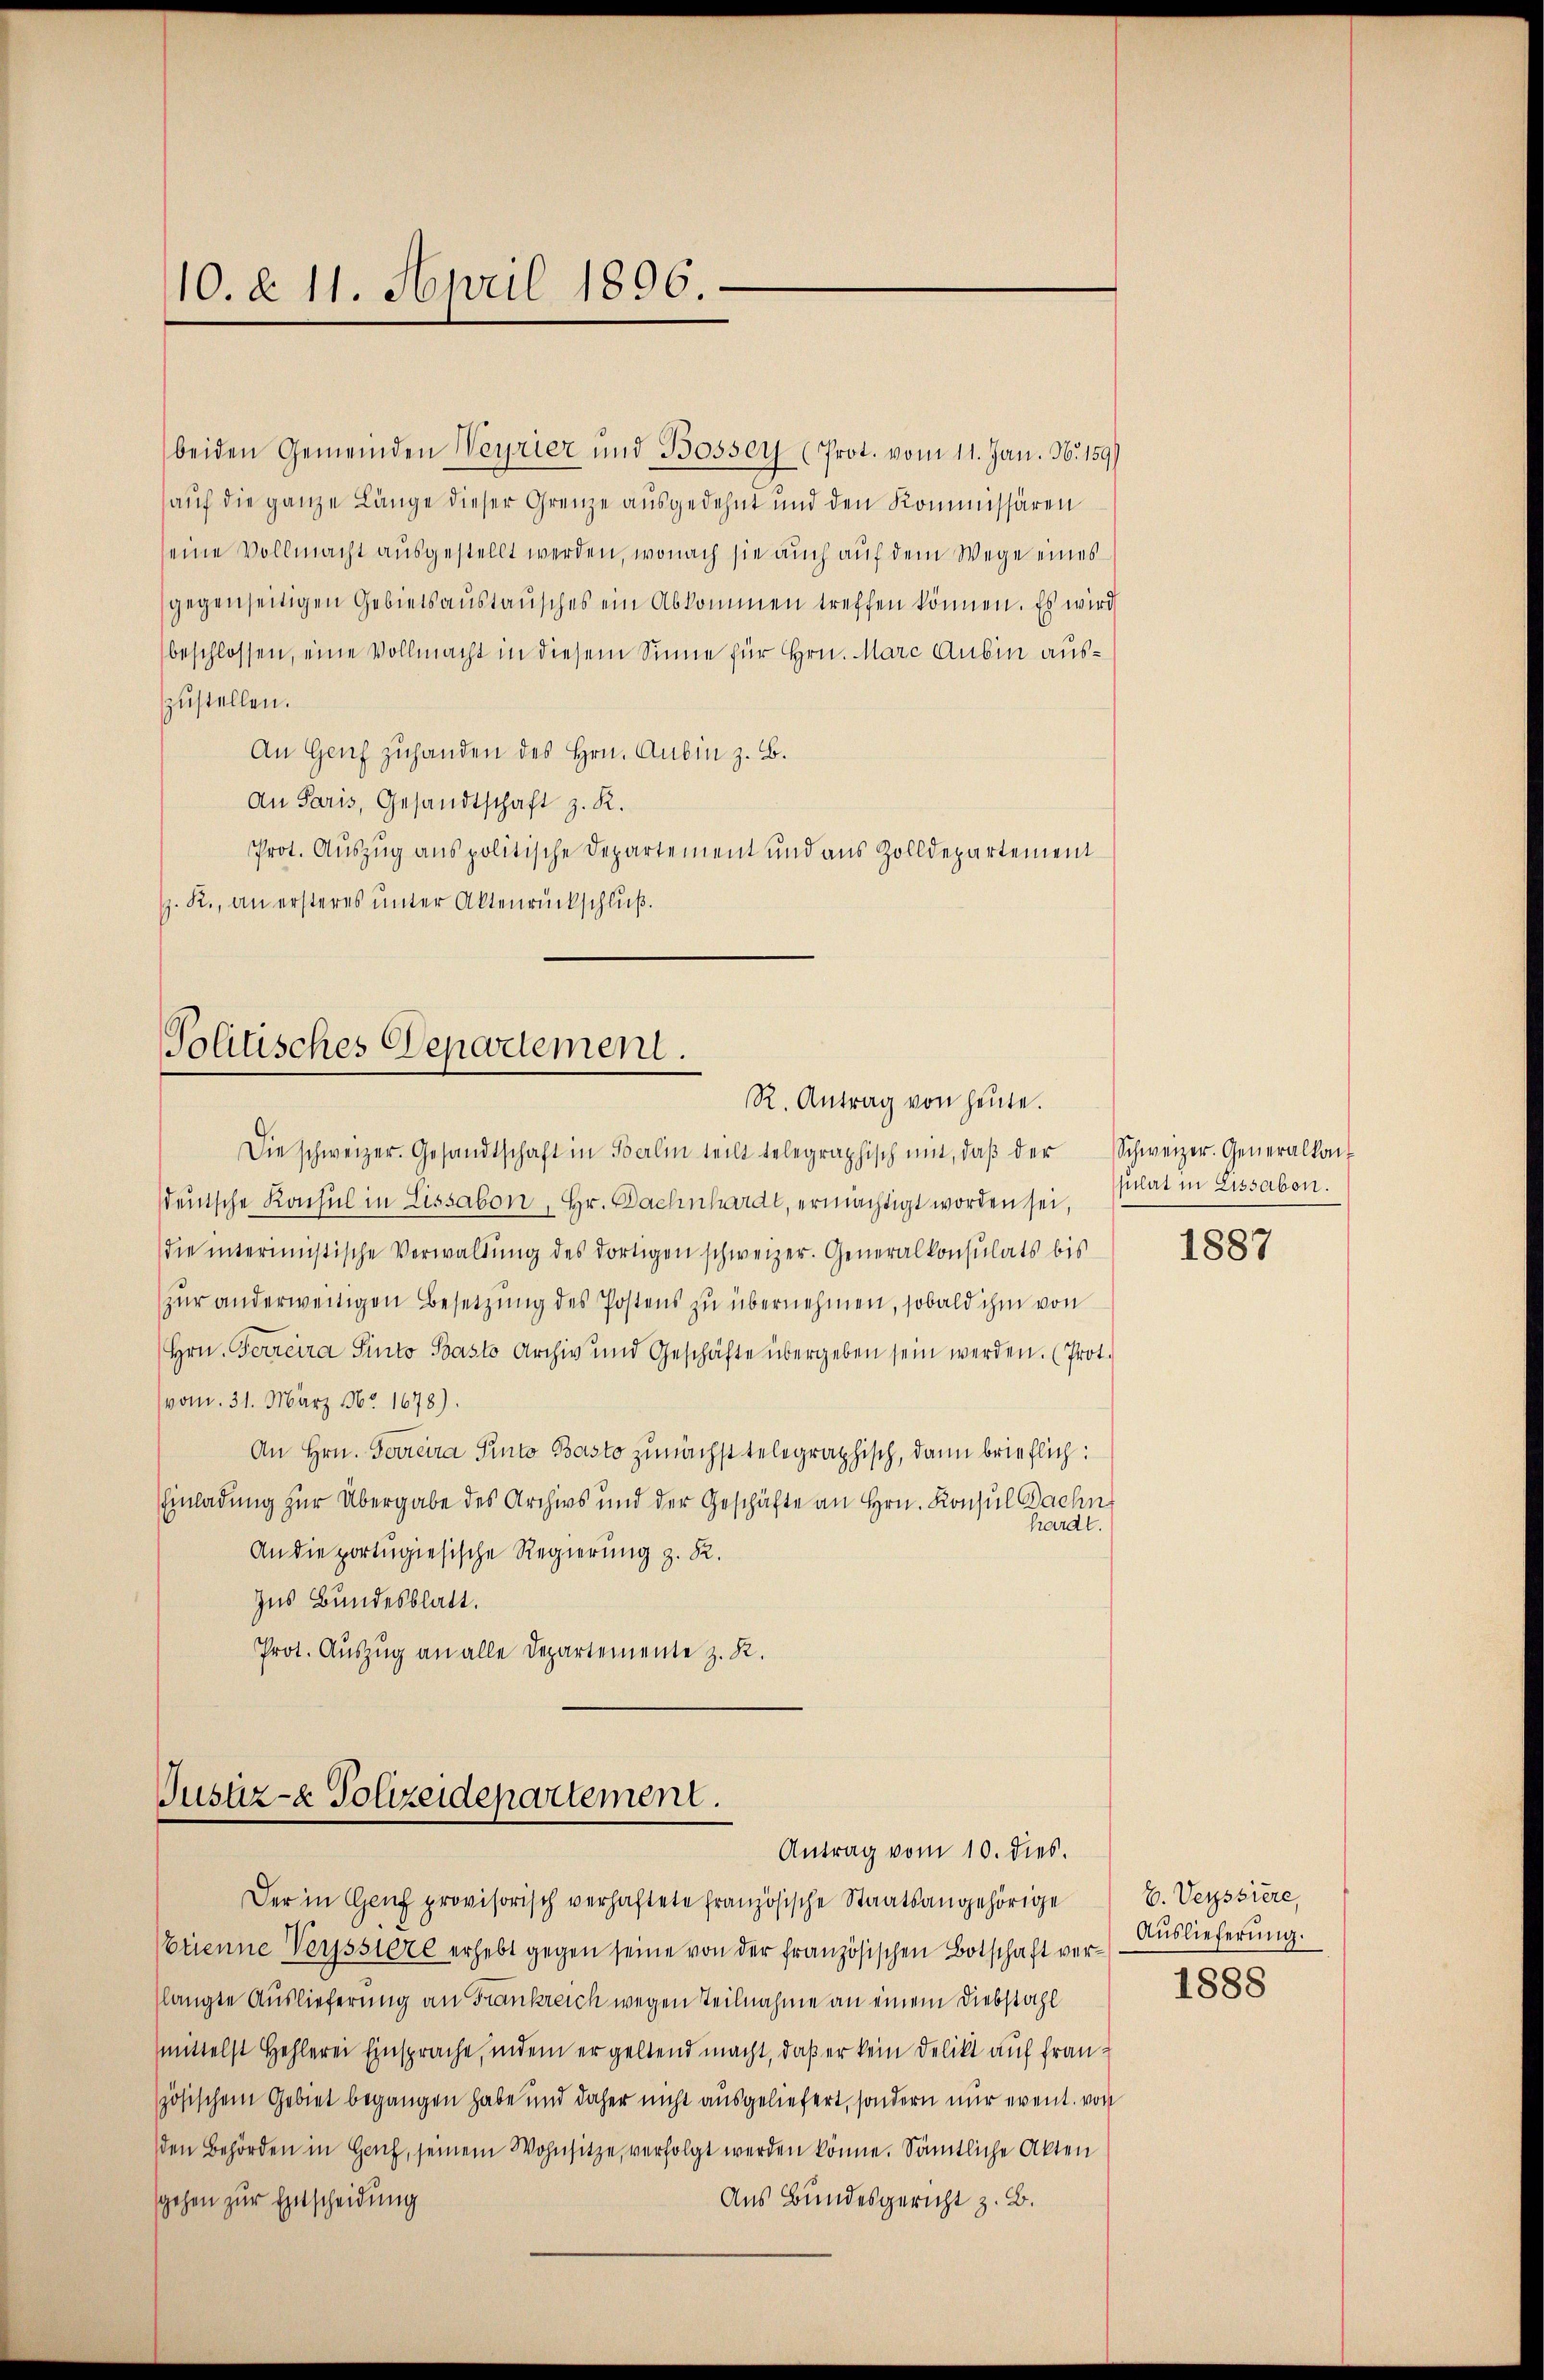
10. d. 11. April 1896.

beiden Gemeinden Weyrier und Bosser (Prot. vom 11. Jan. N. 159)
auf die ganze Länge dieser Grenze ausgedehnt und den Kommissären
eine Vollmacht ausgestellt werden, wonach sie auch auf dem Wege eines
gegenseitigen Gebietsaustausches ein Abkommen treffen können. Es wird
beschlossen, eine Vollmacht in diesem Sinne für Hrn. Marc Aubin auszustellen.
An Genf zuhanden des Hrn. Aubin z. B.
An Paris, Gesandtschaft z. R.
Prot. Auszug aus politische Departement und aus Zolldepartement
. R., an ersteres unter Aktenrückschluß.

Politisches Departement.
R. Antrag von heute.

Die schweizer. Gesandtschaft in Berlin teilt telegraphisch mit, daβ der Schweizer. Generalkon
deutsche Konsul in Lissabon, Hr. Dachnhardt, ermächtigt worden sei,
die interimistische Verwaltŭng des dortigen schweizer. Generalkonsulats bis
zur anderweitigen Besetzung des Postens zu übernehmen, sobald ihm von
Hrn. Ferreira Sinto Pasto Archiv und Geschäfte übergeben sein werden. (Prot.
vom 31. März No. 1678).
An Hrn. Ferreira Pinto Basto zunächst telegraphisch, dann brieflich:
Einladung zur Übergabe des Archivs und der Geschäfte an Hrn. Konsul Dachn
hardt.
An die portugisische Regierung z. R.
Zus Bundesblatt.
Prot. Auszug an alle Departemente z. R.

Justiz- & Polizeidepartement.
Antrag vom 10. dies.

Der in Genf provisorisch verhaftete Französische Staatsangehörige
Etienne Veyssiere erhebt gegen seine von der französischen Botschaft ver-Aŭslieferŭng.
slangte Auslieferung an Frankreich wegen Teilnahme an einem Diebstahl
mittelst Hehlerei Einsprache, indem er geltend macht, daß er kein Delikt auf fran-
zösischem Gebiet begangen habe und daher nicht ausgeliefert, sondern nur event. von
den Behörden in Hanf, seinem Wohnsitze, verfolgt werden könne. Sämtliche Akten
sgehen zur Entscheidung
Aus Bundesgericht z. B.

sulat in Lissabon.

1887

E. Veystiere,
1888